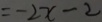
= - 2 x - 2